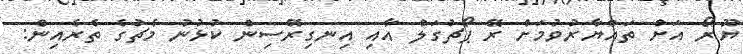
ޔޫރޯ އަށް ތައްޔާރުވުމަށް ރޭ ޕޯޗުގަލް އާއި އިނގިރޭސިން ކުޅުނު މެޗުގެ ތެރެއިން: